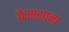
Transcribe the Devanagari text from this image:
केसरचना